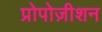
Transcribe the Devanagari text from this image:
प्रोपोज़ीशन